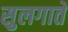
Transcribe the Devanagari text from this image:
सुलगाते